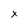
Character: X